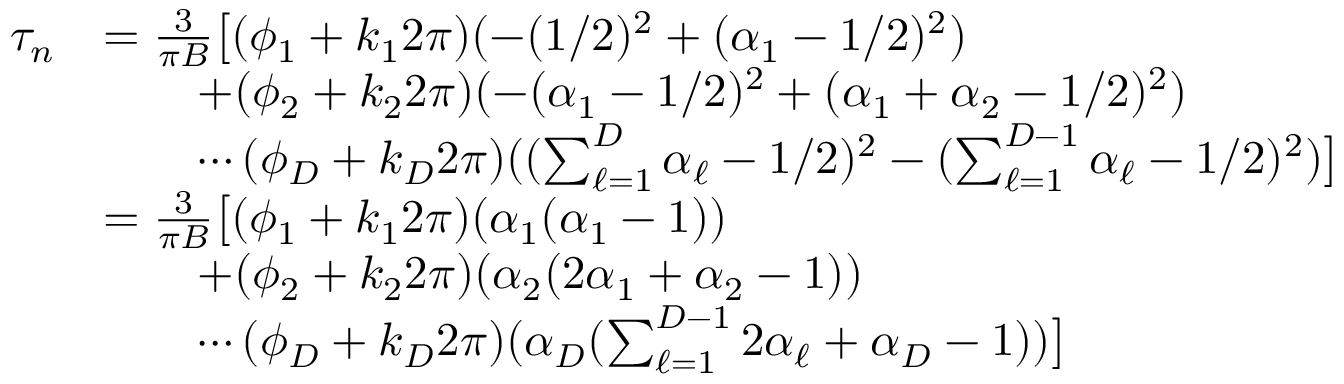
\begin{array} { r l } { \tau _ { n } } & { = \frac { 3 } { \pi B } \bigl [ ( \phi _ { 1 } + k _ { 1 } 2 \pi ) ( - ( 1 / 2 ) ^ { 2 } + ( \alpha _ { 1 } - 1 / 2 ) ^ { 2 } ) } \\ & { \quad \quad + ( \phi _ { 2 } + k _ { 2 } 2 \pi ) ( - ( \alpha _ { 1 } - 1 / 2 ) ^ { 2 } + ( \alpha _ { 1 } + \alpha _ { 2 } - 1 / 2 ) ^ { 2 } ) } \\ & { \quad \quad \cdots ( \phi _ { D } + k _ { D } 2 \pi ) ( ( \sum _ { \ell = 1 } ^ { D } \alpha _ { \ell } - 1 / 2 ) ^ { 2 } - ( \sum _ { \ell = 1 } ^ { D - 1 } \alpha _ { \ell } - 1 / 2 ) ^ { 2 } ) \bigr ] } \\ & { = \frac { 3 } { \pi B } \bigl [ ( \phi _ { 1 } + k _ { 1 } 2 \pi ) ( \alpha _ { 1 } ( \alpha _ { 1 } - 1 ) ) } \\ & { \quad \quad + ( \phi _ { 2 } + k _ { 2 } 2 \pi ) ( \alpha _ { 2 } ( 2 \alpha _ { 1 } + \alpha _ { 2 } - 1 ) ) } \\ & { \quad \quad \cdots ( \phi _ { D } + k _ { D } 2 \pi ) ( \alpha _ { D } ( \sum _ { \ell = 1 } ^ { D - 1 } 2 \alpha _ { \ell } + \alpha _ { D } - 1 ) ) \bigr ] } \end{array}